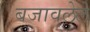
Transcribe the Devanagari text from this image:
बजावलेले